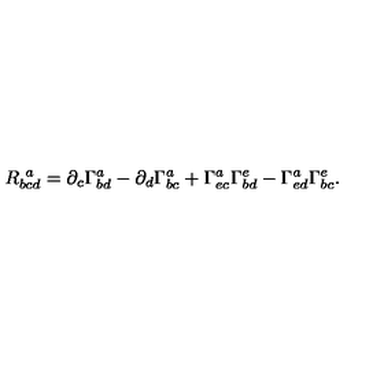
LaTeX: R _ { b c d } ^ { \ a } = \partial _ { c } \Gamma _ { b d } ^ { a } - \partial _ { d } \Gamma _ { b c } ^ { a } + \Gamma _ { e c } ^ { a } \Gamma _ { b d } ^ { e } - \Gamma _ { e d } ^ { a } \Gamma _ { b c } ^ { e } .